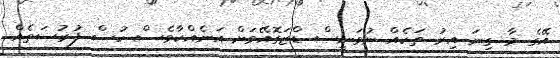
އޭގެ މާ ގިނަ އިރު ތަކެއް ނުވަނީސް ޑްޒަގޮއޭވަށް އަނެއްކާވެސް ހުސް ފުރުސަތެއް